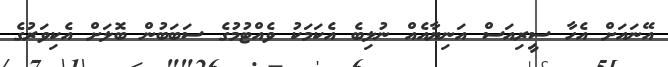
އޭނައަށް އެހާ ސީރިއަސް އަނިޔާއެއް ނުލިބެ އެކަމަކު ވެއްޓުމުގެ ސަބަބުން ބޮލަށް އެކިވަރުގެ